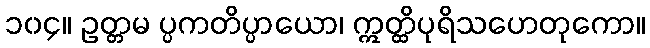
၁၀၄။ ဥတ္တမ ပ္ပကတိပ္ပာယော၊ ဣတ္ထိပုရိသဟေတုကော။